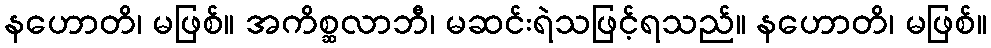
နဟောတိ၊ မဖြစ်။ အကိစ္ဆလာဘီ၊ မဆင်းရဲသဖြင့်ရသည်။ နဟောတိ၊ မဖြစ်။